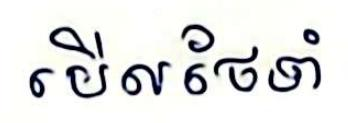
មើលថែទាំ